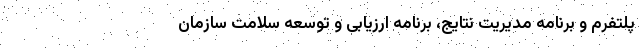
پلتفرم و برنامه مدیریت نتایج، برنامه ارزیابی و توسعه سلامت سازمان